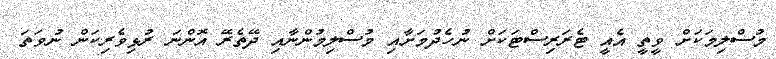
މުސްލިމަކަށް ވީތީ އެއީ ޓެރަރިސްޓަކަށް ނުހެދުމަށާއި މުސްލިމުންނާއި ދޭތެރޭ އޮންނަ ރުޅިވެރިކަން ނުވަތަ